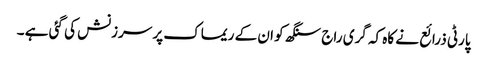
پارٹی ذرائع نے کاہ کہ گری راج سنگھ کو ان کے ریماک پر سرزنش کی گئی ہے ۔